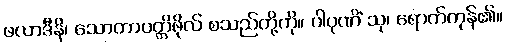
ဖလာဒီနိ၊ သောတာပတ္တိဖိုလ် စသည်တို့ကို။ ပါပုဏိံ သု၊ ရောက်ကုန်၏။